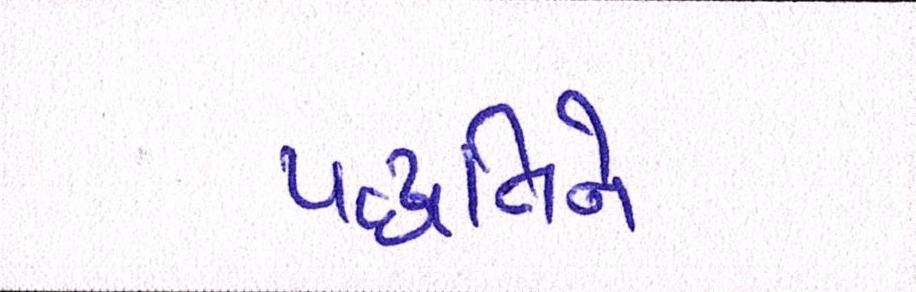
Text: પદ્ધતિને